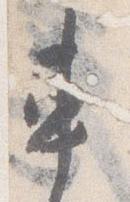
車